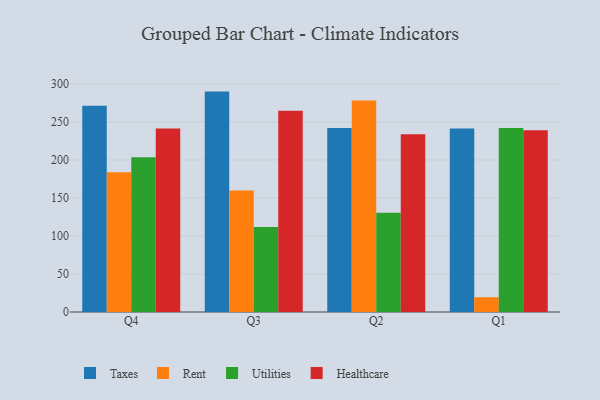
{"axis": {"x": "Quarter", "y": "Demand Index"}, "legend": ["Healthcare", "Rent", "Taxes", "Utilities"], "data": [{"x": "Q4", "y": 271.2, "type": "Taxes"}, {"x": "Q4", "y": 183.8, "type": "Rent"}, {"x": "Q4", "y": 203.7, "type": "Utilities"}, {"x": "Q4", "y": 241.2, "type": "Healthcare"}, {"x": "Q3", "y": 289.9, "type": "Taxes"}, {"x": "Q3", "y": 159.9, "type": "Rent"}, {"x": "Q3", "y": 111.9, "type": "Utilities"}, {"x": "Q3", "y": 264.7, "type": "Healthcare"}, {"x": "Q2", "y": 242.1, "type": "Taxes"}, {"x": "Q2", "y": 278.3, "type": "Rent"}, {"x": "Q2", "y": 130.5, "type": "Utilities"}, {"x": "Q2", "y": 233.9, "type": "Healthcare"}, {"x": "Q1", "y": 241.5, "type": "Taxes"}, {"x": "Q1", "y": 19.4, "type": "Rent"}, {"x": "Q1", "y": 242.0, "type": "Utilities"}, {"x": "Q1", "y": 238.9, "type": "Healthcare"}]}